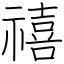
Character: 禧